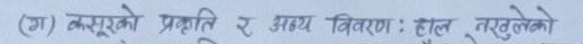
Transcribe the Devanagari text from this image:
(ग) करूखको प्रकृति र अक्षय वितरण: हाल नखुलेको